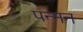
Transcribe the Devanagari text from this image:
पन्मन